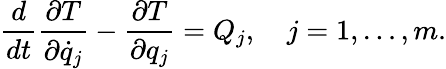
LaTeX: {\frac{d}{dt}}{\frac{\partial T}{\partial{\dot{q}}_{j}}}-{\frac{\partial T}{\partial q_{j}}}=Q_{j},\quad j=1,\ldots,m.